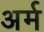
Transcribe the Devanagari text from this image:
अर्म